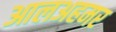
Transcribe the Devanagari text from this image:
आलअहमर